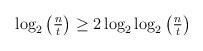
LaTeX: \begin{align*}\log_2\begin{pmatrix}{\frac{n}t}\end{pmatrix}&\geq 2\log_2\log_2\begin{pmatrix}{\frac{n}t}\end{pmatrix}\end{align*}